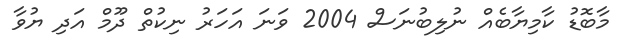
މާބޮޑު ކާމިޔާބެއް ނުލިބުނަސް 2004 ވަނަ އަހަރު ނިކުތް ދޫމް އަދި ޔުވާ